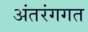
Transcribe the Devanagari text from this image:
अंतरंगगत